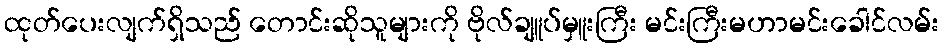
ထုတ်ပေးလျက်ရှိသည် တောင်းဆိုသူများကို ဗိုလ်ချူပ်မှူးကြီး မင်းကြီးမဟာမင်းခေါင်လမ်း